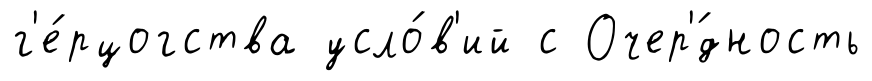
г'е́рцогства усло́в'ий с Очер'́дность